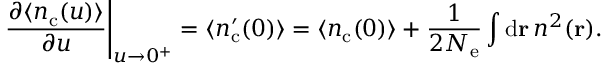
\left. \frac { \partial \langle n _ { \mathrm { c } } ( u ) \rangle } { \partial u } \right\vert _ { u \rightarrow 0 ^ { + } } = \langle n _ { \mathrm { c } } ^ { \prime } ( 0 ) \rangle = \langle n _ { \mathrm { c } } ( 0 ) \rangle + \frac { 1 } { 2 \ensuremath { N _ { \mathrm { e } } } } \int \mathrm { d } \ensuremath { \mathbf { r } } \, n ^ { 2 } ( \ensuremath { \mathbf { r } } ) .